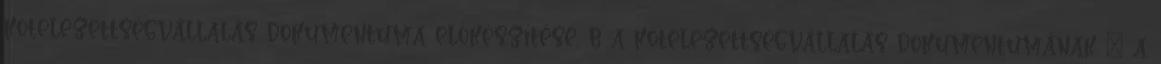
kötelezettségvállalás dokumentuma előkészítése, b a kötelezettségvállalás dokumentumának – a